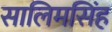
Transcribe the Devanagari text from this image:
सालिमसिंह